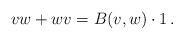
LaTeX: \begin{align*}vw + wv = B(v,w) \cdot 1\,.\end{align*}